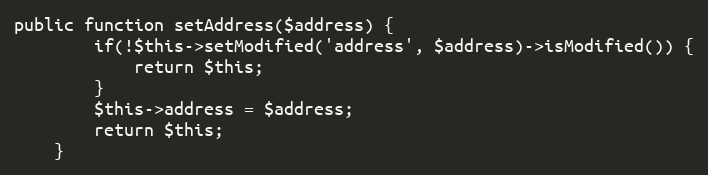
Language: PHP
public function setAddress($address) {
        if(!$this->setModified('address', $address)->isModified()) {
            return $this;
        }
		$this->address = $address;
		return $this;
    }